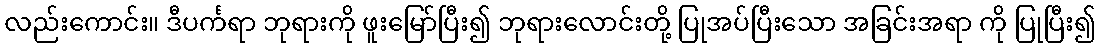
လည်းကောင်း။ ဒီပင်္ကရာ ဘုရားကို ဖူးမြော်ပြီး၍ ဘုရားလောင်းတို့ ပြုအပ်ပြီးသော အခြင်းအရာ ကို ပြုပြီး၍